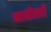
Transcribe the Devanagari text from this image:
मालतीलाही